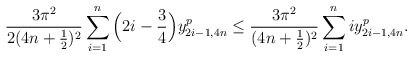
\begin{align*}\frac{3\pi^2}{2(4n+ \frac{1}{2})^2} \sum_{i=1}^{n}\Big(2i-\frac{3}{4}\Big)y_{2i-1,4n}^p\leq \frac{3\pi^2}{(4n+ \frac{1}{2})^2} \sum_{i=1}^{n} iy_{2i-1,4n}^p.\end{align*}